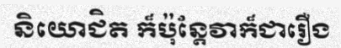
និយោជិត ក៏ប៉ុន្តែវាក៏ជារឿង